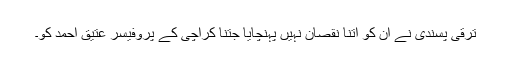
ترقی پسندی نے ان کو اتنا نقصان نہیں پہنچایا جتنا کراچی کے پروفیسر عتیق احمد کو۔